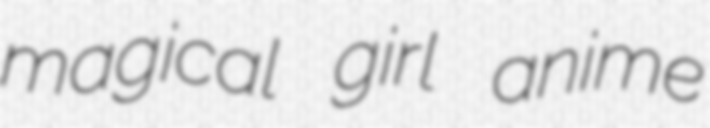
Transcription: magical girl anime